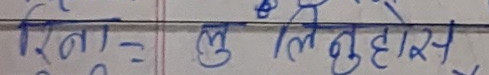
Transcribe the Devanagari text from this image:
रिना = लु लुहास